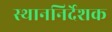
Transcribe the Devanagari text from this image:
स्थाननिर्देशक